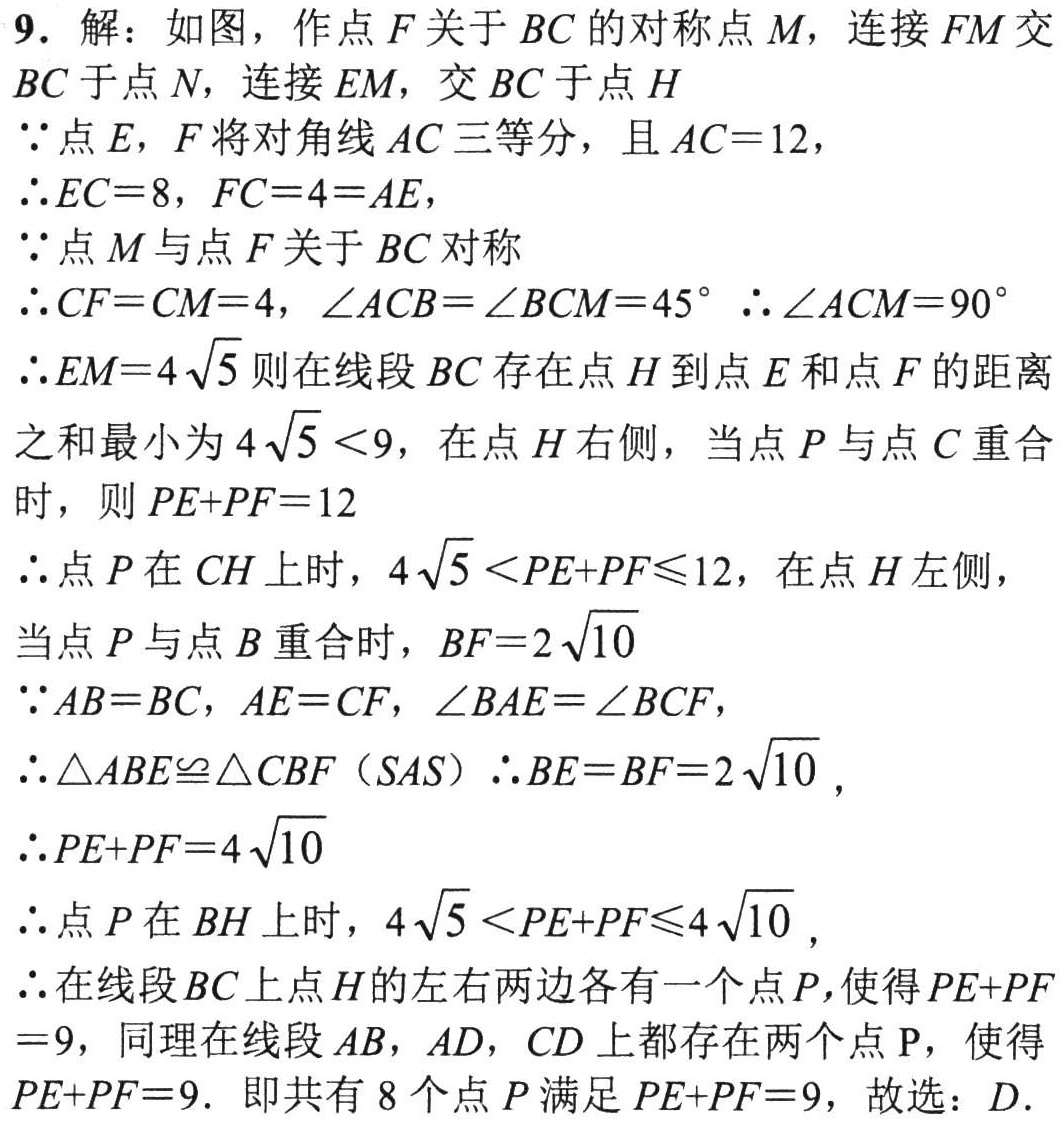
9. 解：如图，作点\(F\)关于\(BC\)的对称点\(M\)，连接\(FM\)交\(BC\)于点\(N\)，连接\(EM\)，交\(BC\)于点\(H\)

\(\because\)点\(E\)，\(F\)将对角线\(AC\)三等分，且\(AC = 12\)，

\(\therefore EC = 8\)，\(FC = 4=AE\)，

\(\because\)点\(M\)与点\(F\)关于\(BC\)对称

\(\because\)点\(M\)与点\(F\)关于\(BC\)对称

\(\therefore CF = CM = 4\)，\(\angle ACB=\angle BCM = 45^{\circ}\) \(\therefore\angle ACM = 90^{\circ}\)

\(\therefore EM = 4\sqrt{5}\)则在线段\(BC\)存在点\(H\)到点\(E\)和点\(F\)的距离

之和最小为\(4\sqrt{5}<9\)，在点\(H\)右侧，当点\(P\)与点\(C\)重合

时，则\(PE + PF = 12\)

\(\therefore\)点\(P\)在\(CH\)上时，\(4\sqrt{5}<PE + PF\leqslant12\)，在点\(H\)左侧，

当点\(P\)与点\(B\)重合时，\(BF = 2\sqrt{10}\)

\(\because AB = BC\)，\(AE = CF\)，\(\angle BAE=\angle BCF\)，

\(\therefore\triangle ABE\cong\triangle CBF(SAS)\) \(\therefore BE = BF = 2\sqrt{10}\)，

\(\therefore PE + PF = 4\sqrt{10}\)

\(\therefore\)点\(P\)在\(BH\)上时，\(4\sqrt{5}<PE + PF\leqslant4\sqrt{10}\)，

\(\therefore\)在线段\(BC\)上点\(H\)的左右两边各有一个点\(P\)，使得\(PE + PF\)

\(= 9\)，同理在线段\(AB\)，\(AD\)，\(CD\)上都存在两个点\(P\)，使得

\(PE + PF = 9\). 即共有\(8\)个点\(P\)满足\(PE + PF = 9\)，故选：\(D\).